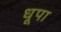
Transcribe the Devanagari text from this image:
धूपा